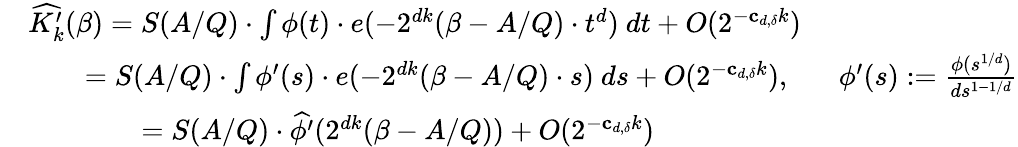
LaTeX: \begin{array}{rl}&{\widehat{K_{k}^{\prime}}(\beta)=S(A/Q)\cdot\int\phi(t)\cdot e(-2^{dk}(\beta-A/Q)\cdot t^{d})\ dt+O(2^{-\mathbf{c}_{d,\delta}k})}\\ &{\qquad=S(A/Q)\cdot\int\phi^{\prime}(s)\cdot e(-2^{dk}(\beta-A/Q)\cdot s)\ ds+O(2^{-\mathbf{c}_{d,\delta}k}),\; \; \; \; \; \; \phi^{\prime}(s)\mathrel{\mathop:}=\frac{\phi(s^{1/d})}{ds^{1-1/d}}}\\ &{\qquad\qquad=S(A/Q)\cdot\widehat{\phi^{\prime}}(2^{dk}(\beta-A/Q))+O(2^{-\mathbf{c}_{d,\delta}k})}\end{array}